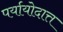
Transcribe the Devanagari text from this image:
पर्यायोदात्त